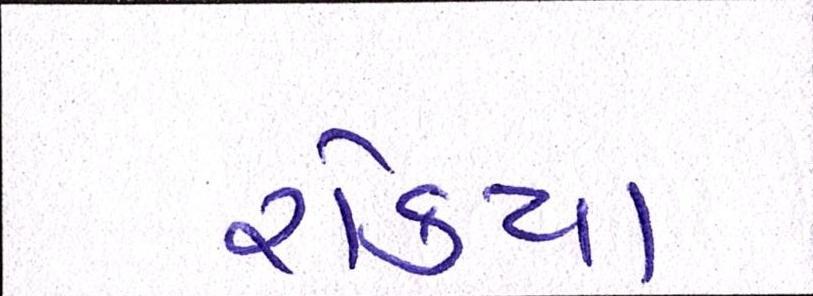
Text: રોક્યા